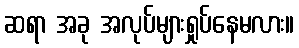
ဆရာ အခု အလုပ်များရှုပ်နေမလား။